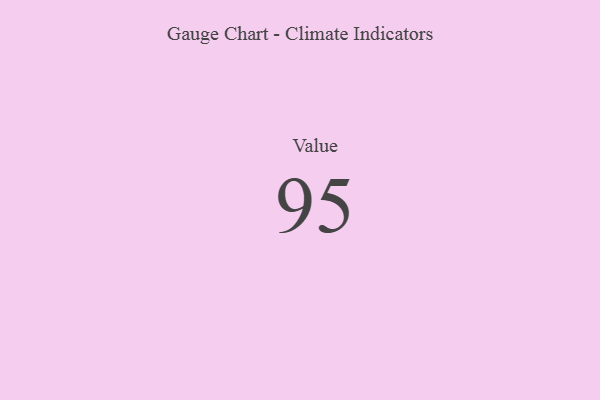
{"axis": {"x": "Metric", "y": "Value"}, "legend": [""], "data": [{"x": "Value", "y": 95, "type": ""}]}